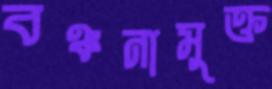
বঞ্চনামুক্ত